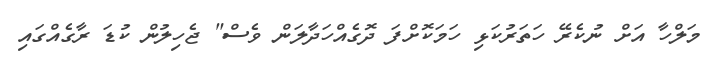
މަލްހާ އަށް ނުކެރޭ ހަތަރުކަޅި ހަމަކޮށްފަ ދޮގެއްހަދާލަން ވެސް" ޖެހިލުން ކުޑަ ރާގެއްގައި